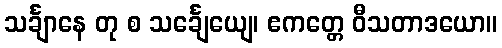
သင်္ချာနေ တု စ သင်္ချေယျေ၊ ဧကတ္တေ ဝီသတာဒယော။